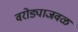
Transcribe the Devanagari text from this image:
वरोड्याजवळ